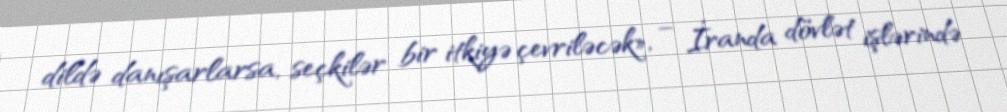
dildə danışarlarsa, seçkilər bir itkiyə çevriləcək», – İranda dövlət işlərində